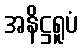
အနိဋ္ဌရူပံ